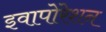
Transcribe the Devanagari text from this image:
इवापोरेशन